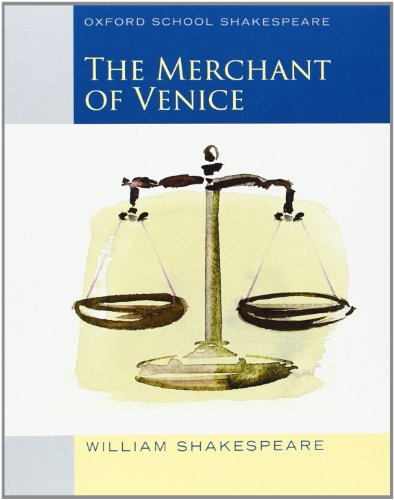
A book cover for Merchant of Venice (2010 edition): Oxford School Shakespeare (Oxford School Shakespeare Series); William Shakespeare; Literature & Fiction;